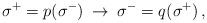
LaTeX: \begin{align*}\: \sigma^{+} = p(\sigma^{-}) \:\rightarrow \: \sigma^{-} = q(\sigma^{+}) \,,\:\end{align*}